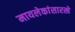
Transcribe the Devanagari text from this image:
मायलेकांसारखे